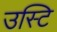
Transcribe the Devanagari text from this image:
उस्टि